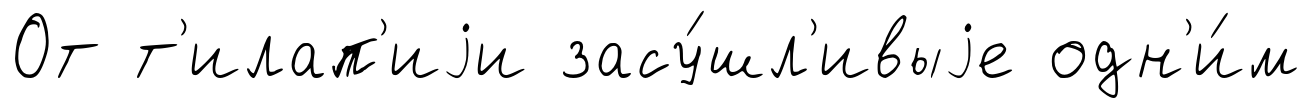
От т'илап'иjи засу́шл'ивыjе одн'и́м